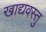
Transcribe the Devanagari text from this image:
खाद्यवस्तु